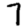
Digit: 7